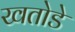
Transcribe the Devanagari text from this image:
खतोडे